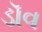
ડૉવ